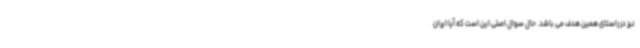
نیز در راستای همین هدف می باشد. حال سوال اصلی این است که آیا ایران